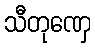
သီတုဏှေ